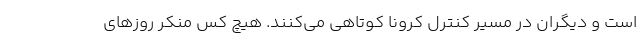
است و دیگران در مسیر کنترل کرونا کوتاهی می‌کنند. هیچ کس منکر روزهای